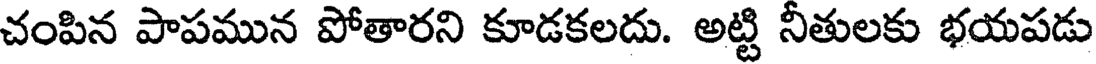
చంపిన పాపమున పోతారని కూడకలదు. అట్టి నీతులకు భయపడు